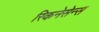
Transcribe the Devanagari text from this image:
रिकनेसेन्स